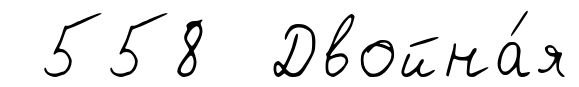
558 Двойна́я